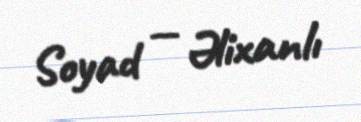
Soyad — Əlixanlı